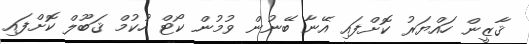
ޤާޒީން ހައްޔަރު ކޮށްފައި އޭނާ ބޭނުން ވުމުން ކޯޓް ހުކުމް ޤަބޫލް ކޮށްފައި